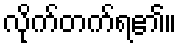
လိုက်တက်ရ၏။